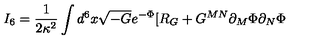
I _ { 6 } = \frac { 1 } { 2 \kappa ^ { 2 } } \int d ^ { 6 } x \sqrt { - G } e ^ { - \Phi } [ R _ { G } + G ^ { M N } \partial _ { M } \Phi \partial _ { N } \Phi